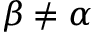
\beta \ne \alpha